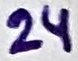
Text: 24